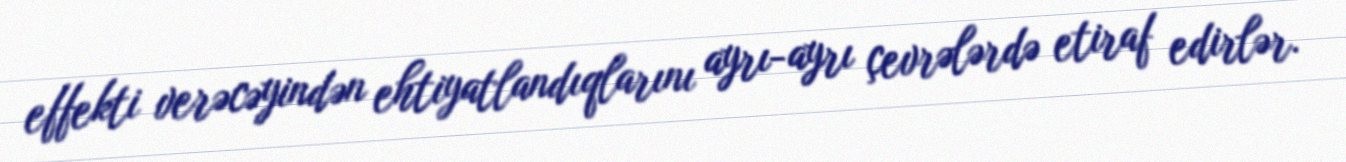
effekti verəcəyindən ehtiyatlandıqlarını ayrı-ayrı çevrələrdə etiraf edirlər.